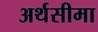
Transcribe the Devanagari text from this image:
अर्थसीमा